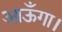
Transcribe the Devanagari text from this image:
आऊँगा।